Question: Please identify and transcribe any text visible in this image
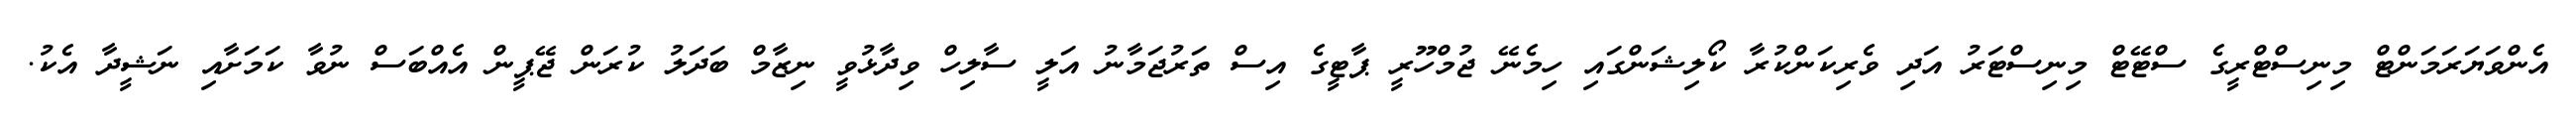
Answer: އެންވަޔަރަމަންޓް މިނިސްޓްރީގެ ސްޓޭޓް މިނިސްޓަރު އަދި ވެރިކަންކުރާ ކޯލިޝަންގައި ހިމެނޭ ޖުމްހޫރީ ޕާޓީގެ އިސް ތަރުޖަމާނު އަލީ ސާލިހް ވިދާޅުވީ ނިޒާމް ބަދަލު ކުރަން ޖޭޕީން އެއްބަސް ނުވާ ކަމަށާއި ނަޝީދާ އެކު.